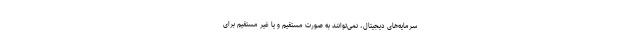
سرمایه‌های دیجیتال، نمی‌توانند به صورت مستقیم و یا غیر مستقیم برای